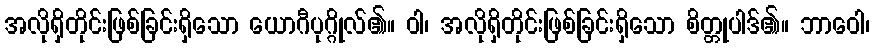
အလိုရှိတိုင်းဖြစ်ခြင်းရှိသော ယောဂီပုဂ္ဂိုလ်၏။ ဝါ၊ အလိုရှိတိုင်းဖြစ်ခြင်းရှိသော စိတ္တုပါဒ်၏။ ဘာဝေါ၊